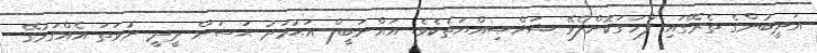
އަދީބުންގެ ތެރޭގައި ފާހަގަކޮށްލެވޭ ޝަޚްޞިއްޔަތެކެވެ. އައްނަބީލް އަޙުމަދު ޙަސަން ދީދީ ނުވަތަ އެއްގަމުގޭ